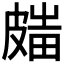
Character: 𥀋